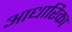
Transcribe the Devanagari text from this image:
आधारिका